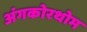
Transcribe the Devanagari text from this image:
अंगकोरथोम